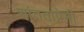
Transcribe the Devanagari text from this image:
शांतताप्रेमी